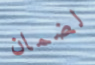
لضمان